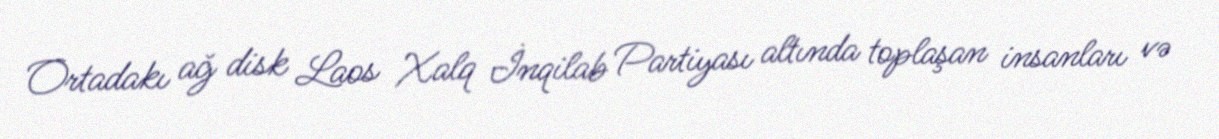
Ortadakı ağ disk Laos Xalq İnqilab Partiyası altında toplaşan insanları və